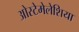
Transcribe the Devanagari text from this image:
ओस्टेमेलेशिया